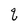
Character: q